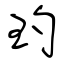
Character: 玓